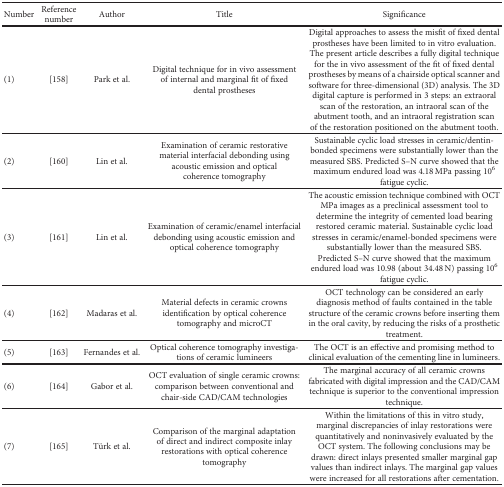
| Number | Reference number | Author | Title | Significance |
 | --- | --- | --- | --- | --- |
 | (1) | [158] | Park et al. | Digital technique for in vivo assessment of internal and marginal fit of fixed dental prostheses | Digital approaches to assess the misfit of fixed dental prostheses have been limited to in vitro evaluation. The present article describes a fully digital technique for the in vivo assessment of the fit of fixed dental prostheses by means of a chairside optical scanner and software for three-dimensional (3D) analysis. The 3D digital capture is performed in 3 steps: an extraoral scan of the restoration, an intraoral scan of the abutment tooth, and an intraoral registration scan of the restoration positioned on the abutment tooth. |
 | (2) | [160] | Lin et al. | Examination of ceramic restorative material interfacial debonding using acoustic emission and optical coherence tomography | Sustainable cyclic load stresses in ceramic/dentin-bonded specimens were substantially lower than the measured SBS. Predicted S–N curve showed that the maximum endured load was 4.18 MPa passing 106 fatigue cyclic. |
 | (3) | [161] | Lin et al. | Examination of ceramic/enamel interfacial debonding using acoustic emission and optical coherence tomography | The acoustic emission technique combined with OCT MPa images as a preclinical assessment tool to determine the integrity of cemented load bearing restored ceramic material. Sustainable cyclic load stresses in ceramic/enamel-bonded specimens were substantially lower than the measured SBS. Predicted S–N curve showed that the maximum endured load was 10.98 (about 34.48 N) passing 106 fatigue cyclic. |
 | (4) | [162] | Madaras et al. | Material defects in ceramic crowns identification by optical coherence tomography and microCT | OCT technology can be considered an early diagnosis method of faults contained in the table structure of the ceramic crowns before inserting them in the oral cavity, by reducing the risks of a prosthetic treatment. |
 | (5) | [163] | Fernandes et al. | Optical coherence tomography investigations of ceramic lumineers | The OCT is an effective and promising method to clinical evaluation of the cementing line in lumineers. |
 | (6) | [164] | Gabor et al. | OCT evaluation of single ceramic crowns: comparison between conventional and chair-side CAD/CAM technologies | The marginal accuracy of all ceramic crowns fabricated with digital impression and the CAD/CAM technique is superior to the conventional impression technique. |
 | (7) | [165] | Türk et al. | Comparison of the marginal adaptation of direct and indirect composite inlay restorations with optical coherence tomography | Within the limitations of this in vitro study, marginal discrepancies of inlay restorations were quantitatively and noninvasively evaluated by the OCT system. The following conclusions may be drawn: direct inlays presented smaller marginal gap values than indirect inlays. The marginal gap values were increased for all restorations after cementation. |